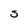
Character: S